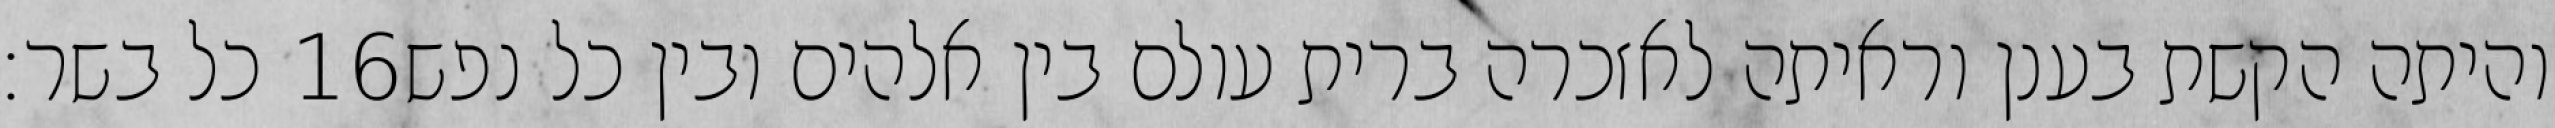
כל בשר׃ ‎16‏ והיתה הקשת בענן וראיתה לאזכרה ברית עולם בין אלהים ובין כל נפש